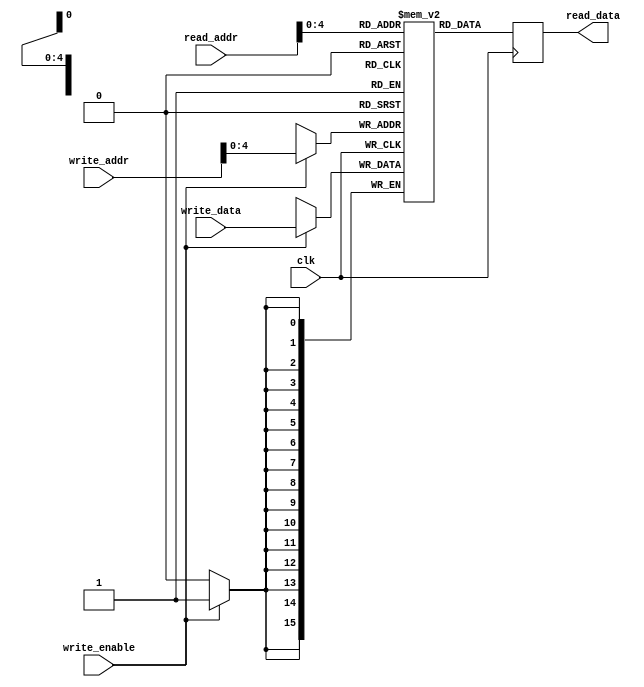
module register_file
(
    input wire clk,         // Clock signal
    input wire [addr_width-1:0] read_addr,    // Read address
    input wire [addr_width-1:0] write_addr,   // Write address
    input wire [data_width-1:0] write_data,   // Data to be written
    input wire write_enable,                   // Write enable signal
    output reg [data_width-1:0] read_data      // Data read from the register file
);

parameter addr_width = 8;    // Address width
parameter data_width = 16;   // Data width
parameter num_regs = 16;     // Number of registers in the file

reg [data_width-1:0] regs[num_regs:0];  // Array of registers in the file

always @ (posedge clk)
begin
    if (write_enable)
    begin
        regs[write_addr] <= write_data;
    end
    read_data <= regs[read_addr];
end

endmodule